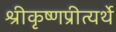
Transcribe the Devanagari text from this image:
श्रीकृष्णप्रीत्यर्थे